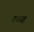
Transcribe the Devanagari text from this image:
दशाह